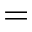
=